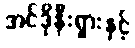
အင်ဒိုနီးရှားနှင့်